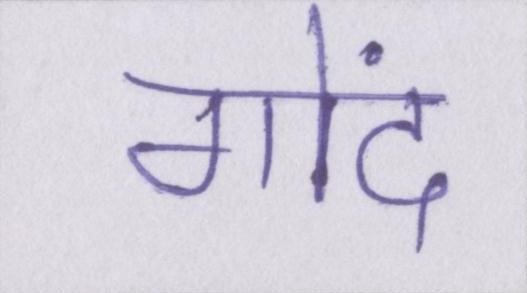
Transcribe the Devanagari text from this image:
गोंद